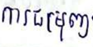
ការជម្រុញ